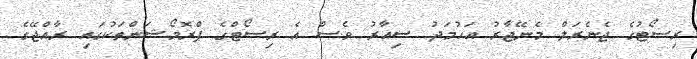
ރިސޯޓުގެ ޖެނެރަލް މެނޭޖާރު އަހުމަދު ސިއާރު ވެސް އެ ރިސޯޓްގެ ޕްރޮމޯޝަންތަކުގައި ރާއްޖޭގެ